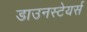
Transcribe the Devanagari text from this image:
डाउनस्टेयर्स